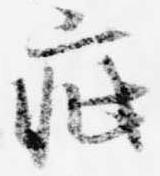
疵